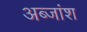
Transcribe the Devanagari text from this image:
अब्जांश